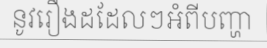
នូវរឿងដដែលៗអំពីបញ្ហា